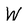
Character: W